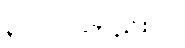
၃၁၀၀၀တည်းပါ။